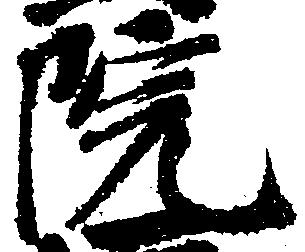
院